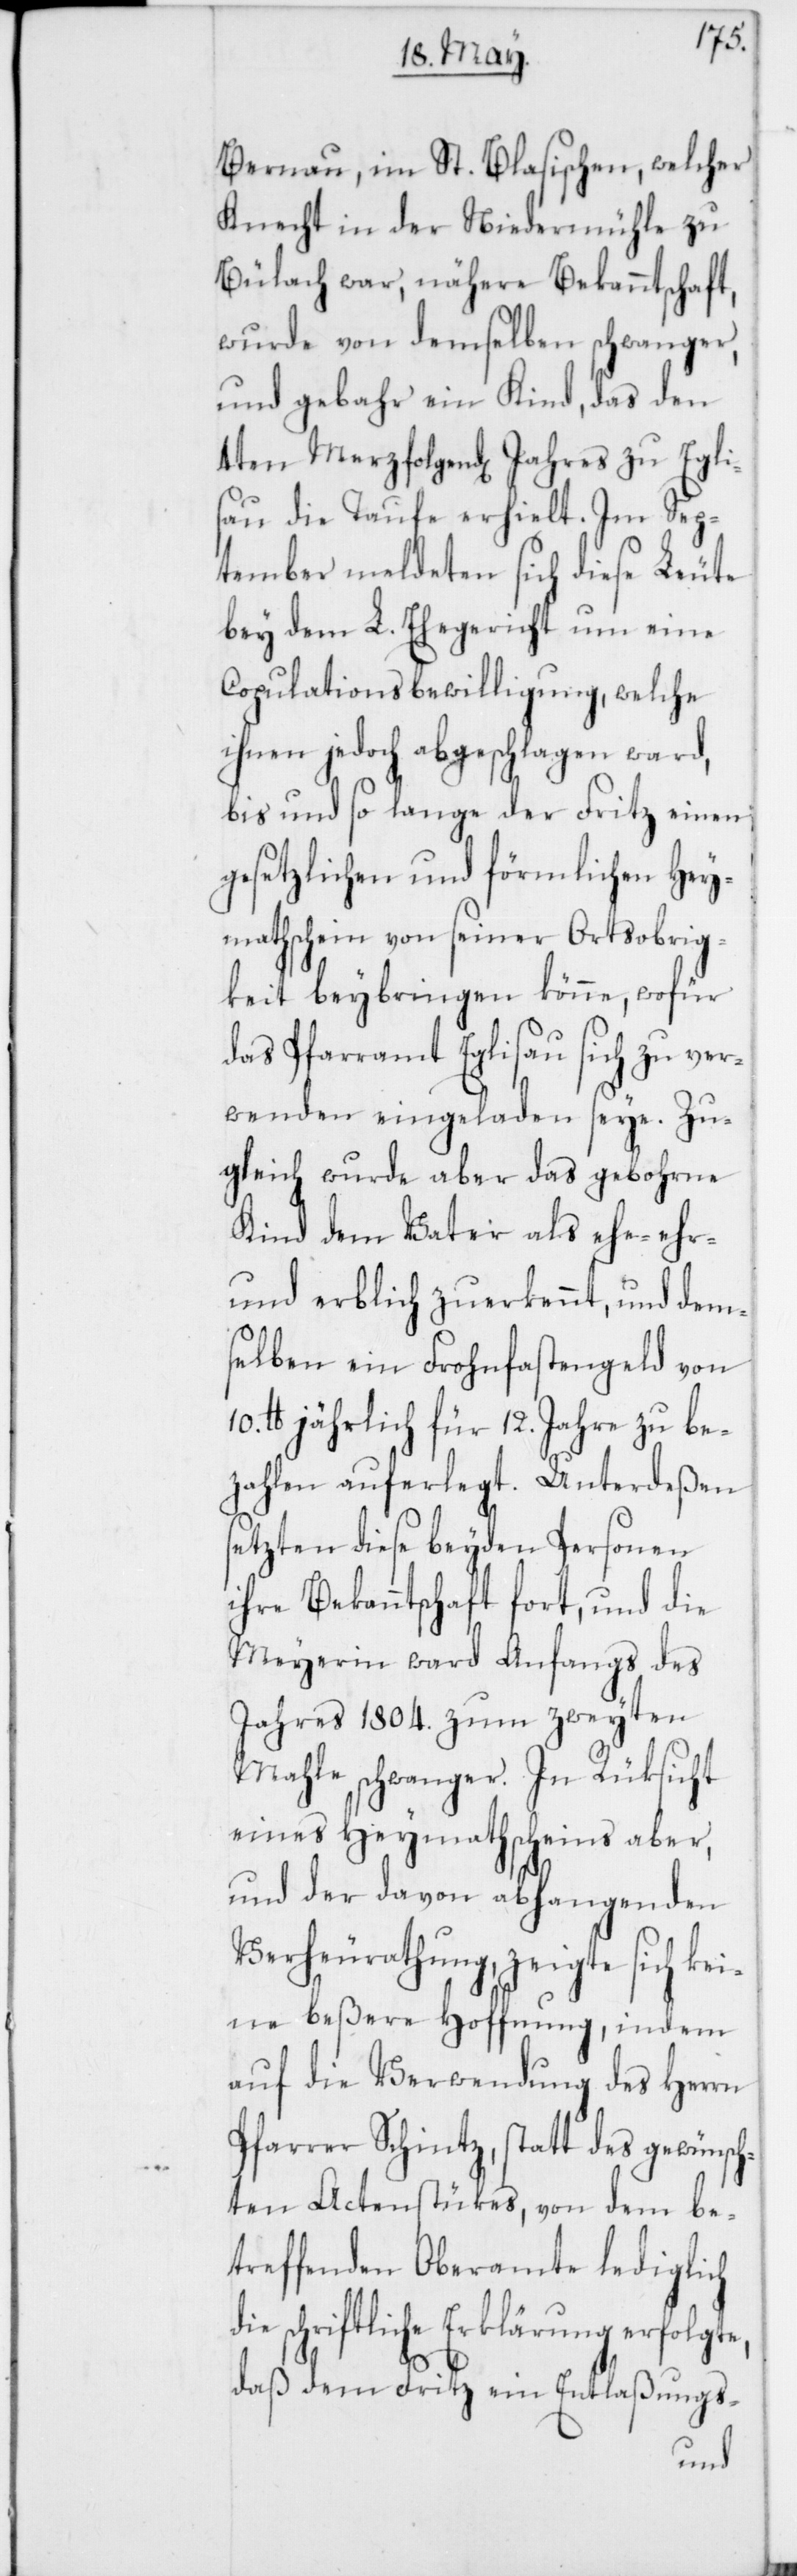
Bernau, im St. Blasischen, welcher
Knecht in der Niedermühle zu
Bülach war, nähere Bekanntschaft,
wurde von demselben schwanger,
und gebar ein Kind, das den
4ten Merz folgenden Jahres zu Egli¬
sau die Taufe erhielt. Im Sep¬
tember meldeten sich diese Leute
bey dem L. Ehegericht um eine
Copulationsbewilligung, welche
ihnen jedoch abgeschlagen ward,
bis und so lange der Fritz einen
gesetzlichen und förmlichen Hey¬
mathschein von seiner Ortsobrig¬
keit beybringen könne, wofür
das Pfarramt Eglisau sich zu ver¬
wenden eingeladen seye. Zu¬
gleich wurde aber das gebohrne
Kind dem Vater als ehe- ehr-
und erblich zuerkennt, und dem¬
selben ein Frohnfastengeld von
lb. jährlich für 12. Jahre zu be¬
zahlen auferlegt. Unterdeßen
sezten diese beyden Personen
ihre Bekanntschaft fort, und die
Meyerin ward Anfangs des
Jahres 1804. zum zweyten
Mahle schwanger. In Rüksicht
eines Heymathscheins aber,
und der davon abhangenden
Verheurathung, zeigte sich kei¬
ne beßere Hoffnung, indem
auf die Verwendung des Herrn
Pfarrer Schintz, statt des gewünsch¬
ten Actenstükes, von dem be¬
treffenden Oberamte lediglich
schriftliche Erklärung
daß dem Fritz ein Entlaßungs-